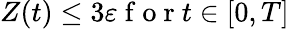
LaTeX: Z(t)\le 3\varepsilon\mathrm{~f~o~r~}t\in[0,T]